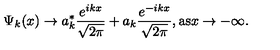
\Psi _ { k } ( x ) \rightarrow a _ { k } ^ { * } \frac { e ^ { i k x } } { \sqrt { 2 \pi } } + a _ { k } \frac { e ^ { - i k x } } { \sqrt { 2 \pi } } , \mathrm { a s } x \rightarrow - \infty .